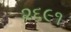
૨૬૯૧